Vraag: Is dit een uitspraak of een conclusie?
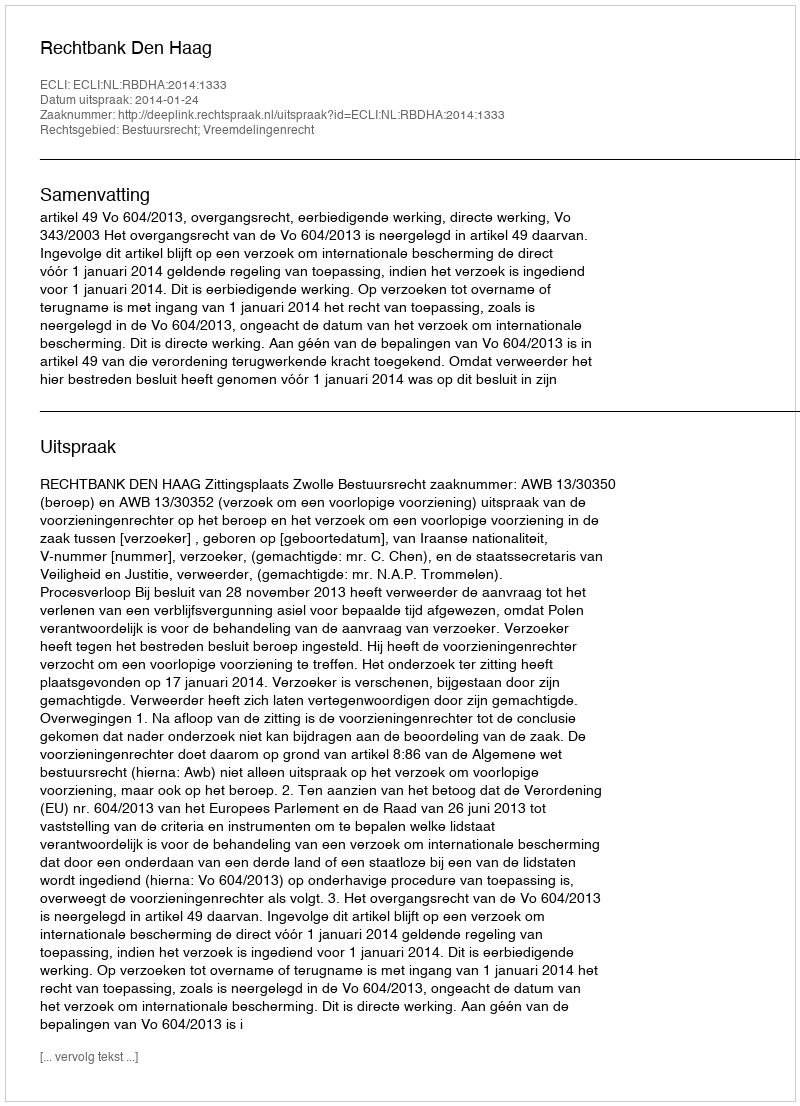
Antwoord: Uitspraak